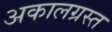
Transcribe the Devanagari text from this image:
अकालग्रस्त